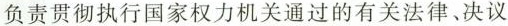
负责贯彻执行国家权力机关通过的有关法律、决议